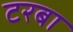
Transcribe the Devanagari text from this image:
टरबा